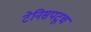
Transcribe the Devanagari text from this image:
टेनिसपटूच